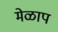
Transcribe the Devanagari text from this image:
मेळाप